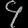
Digit: ၄